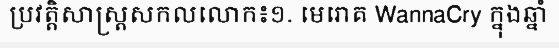
ប្រវត្តិសាស្ត្រសកលលោក៖១. មេរោគ WannaCry ក្នុងឆ្នាំ